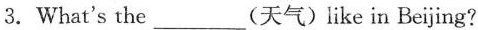
3. What's the ___(天气)like in Beijing?